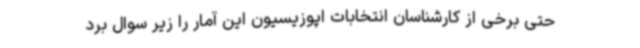
حتی برخی از کارشناسان انتخابات اپوزیسیون این آمار را زیر سوال برد